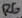
Text: R6